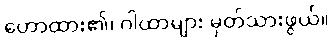
ဟောထား၏၊ ဂါထာများ မှတ်သားဖွယ်။